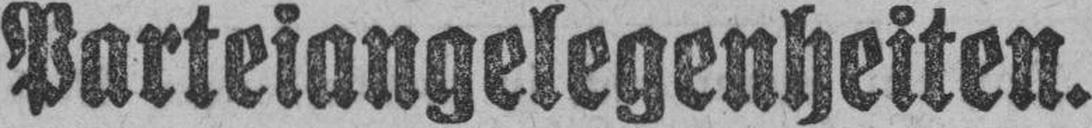
Parteiangelegenheiten.